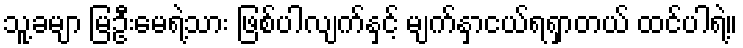
သူ့ခမျာ မြဦးမေရဲ့သား ဖြစ်ပါလျက်နှင့် မျက်နှာငယ်ရရှာတယ် ထင်ပါရဲ့။